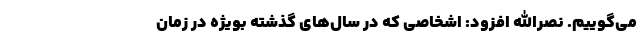
می‌گوییم. نصرالله افزود: اشخاصی که در سال‌های گذشته بویژه در زمان